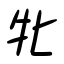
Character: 牝